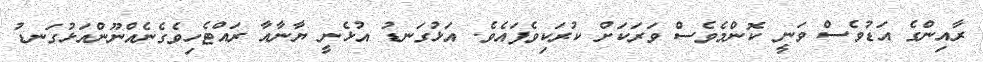
ރާއިންގެ އަޑުވެސް ވަނީ ކޮންމެވެސް ވަރަކަށް ކުރަކިވެފައެވެ. އަޅުގަނޑު އުޅެނީ ޔާނާއާ ރައްޓެހިވެގެނެއްނޫންއަޅުގަނޑު